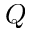
Q